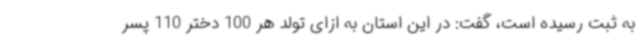
به ثبت رسیده است، گفت: در این استان به ازای تولد هر 100 دختر 110 پسر